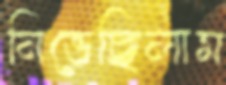
নিভেছিলাম